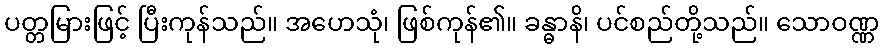
ပတ္တမြားဖြင့် ပြီးကုန်သည်။ အဟေသုံ၊ ဖြစ်ကုန်၏။ ခန္ဓာနိ၊ ပင်စည်တို့သည်။ သောဝဏ္ဏ